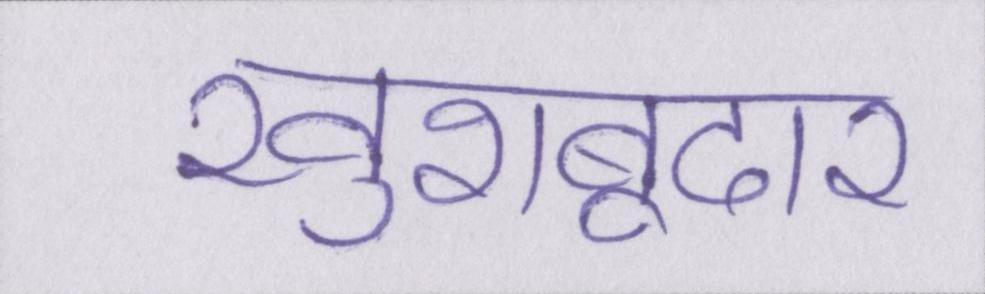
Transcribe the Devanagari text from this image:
खुशबूदार